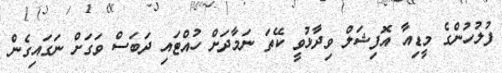
ފުލުހުންގެ މީޑިއާ އޮފިޝަލް ވިދާޅުވީ ކޭތަ ނަމާދަށް ހުއްޓައި ދަބަސް ވަގަށް ނަގައިގެން